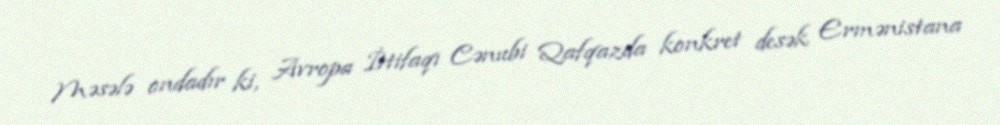
Məsələ ondadır ki, Avropa İttifaqı Cənubi Qafqazda konkret desək Ermənistana